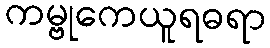
ကမ္ဗုကေယူရဓရာ